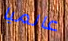
عالميا